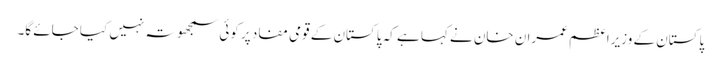
پاکستان کے وزیراعظم عمران خان نے کہا ہے کہ پاکستان کے قومی مفاد پر کوئی سمجھوتہ نہیں کیا جائے گا۔